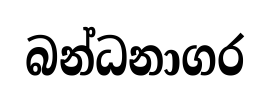
බන්ධනාගර